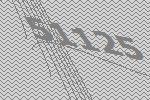
51125